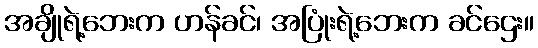
အချိုရဲ့ဘေးက ဟန်ခင်၊ အပြုံးရဲ့ဘေးက ခင်ဌေး။